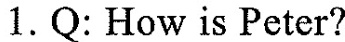
1. Q: How is Peter?